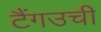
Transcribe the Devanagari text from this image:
टैंगउची